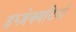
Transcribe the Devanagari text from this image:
इग्ज़ेक्यटिवों